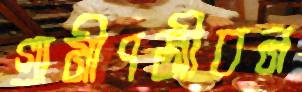
গ্রামীণজীবন